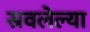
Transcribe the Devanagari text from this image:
स्रवलेल्या